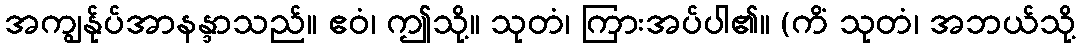
အကျွန်ုပ်အာနန္ဒာသည်။ ဧဝံ၊ ဤသို့။ သုတံ၊ ကြားအပ်ပါ၏။ (ကိံ သုတံ၊ အဘယ်သို့